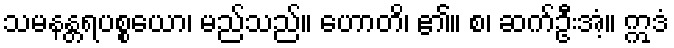
သမနန္တရပစ္စယော၊ မည်သည်။ ဟောတိ၊ ၏။ စ၊ ဆက်ဦးအံ့။ ဣဒံ